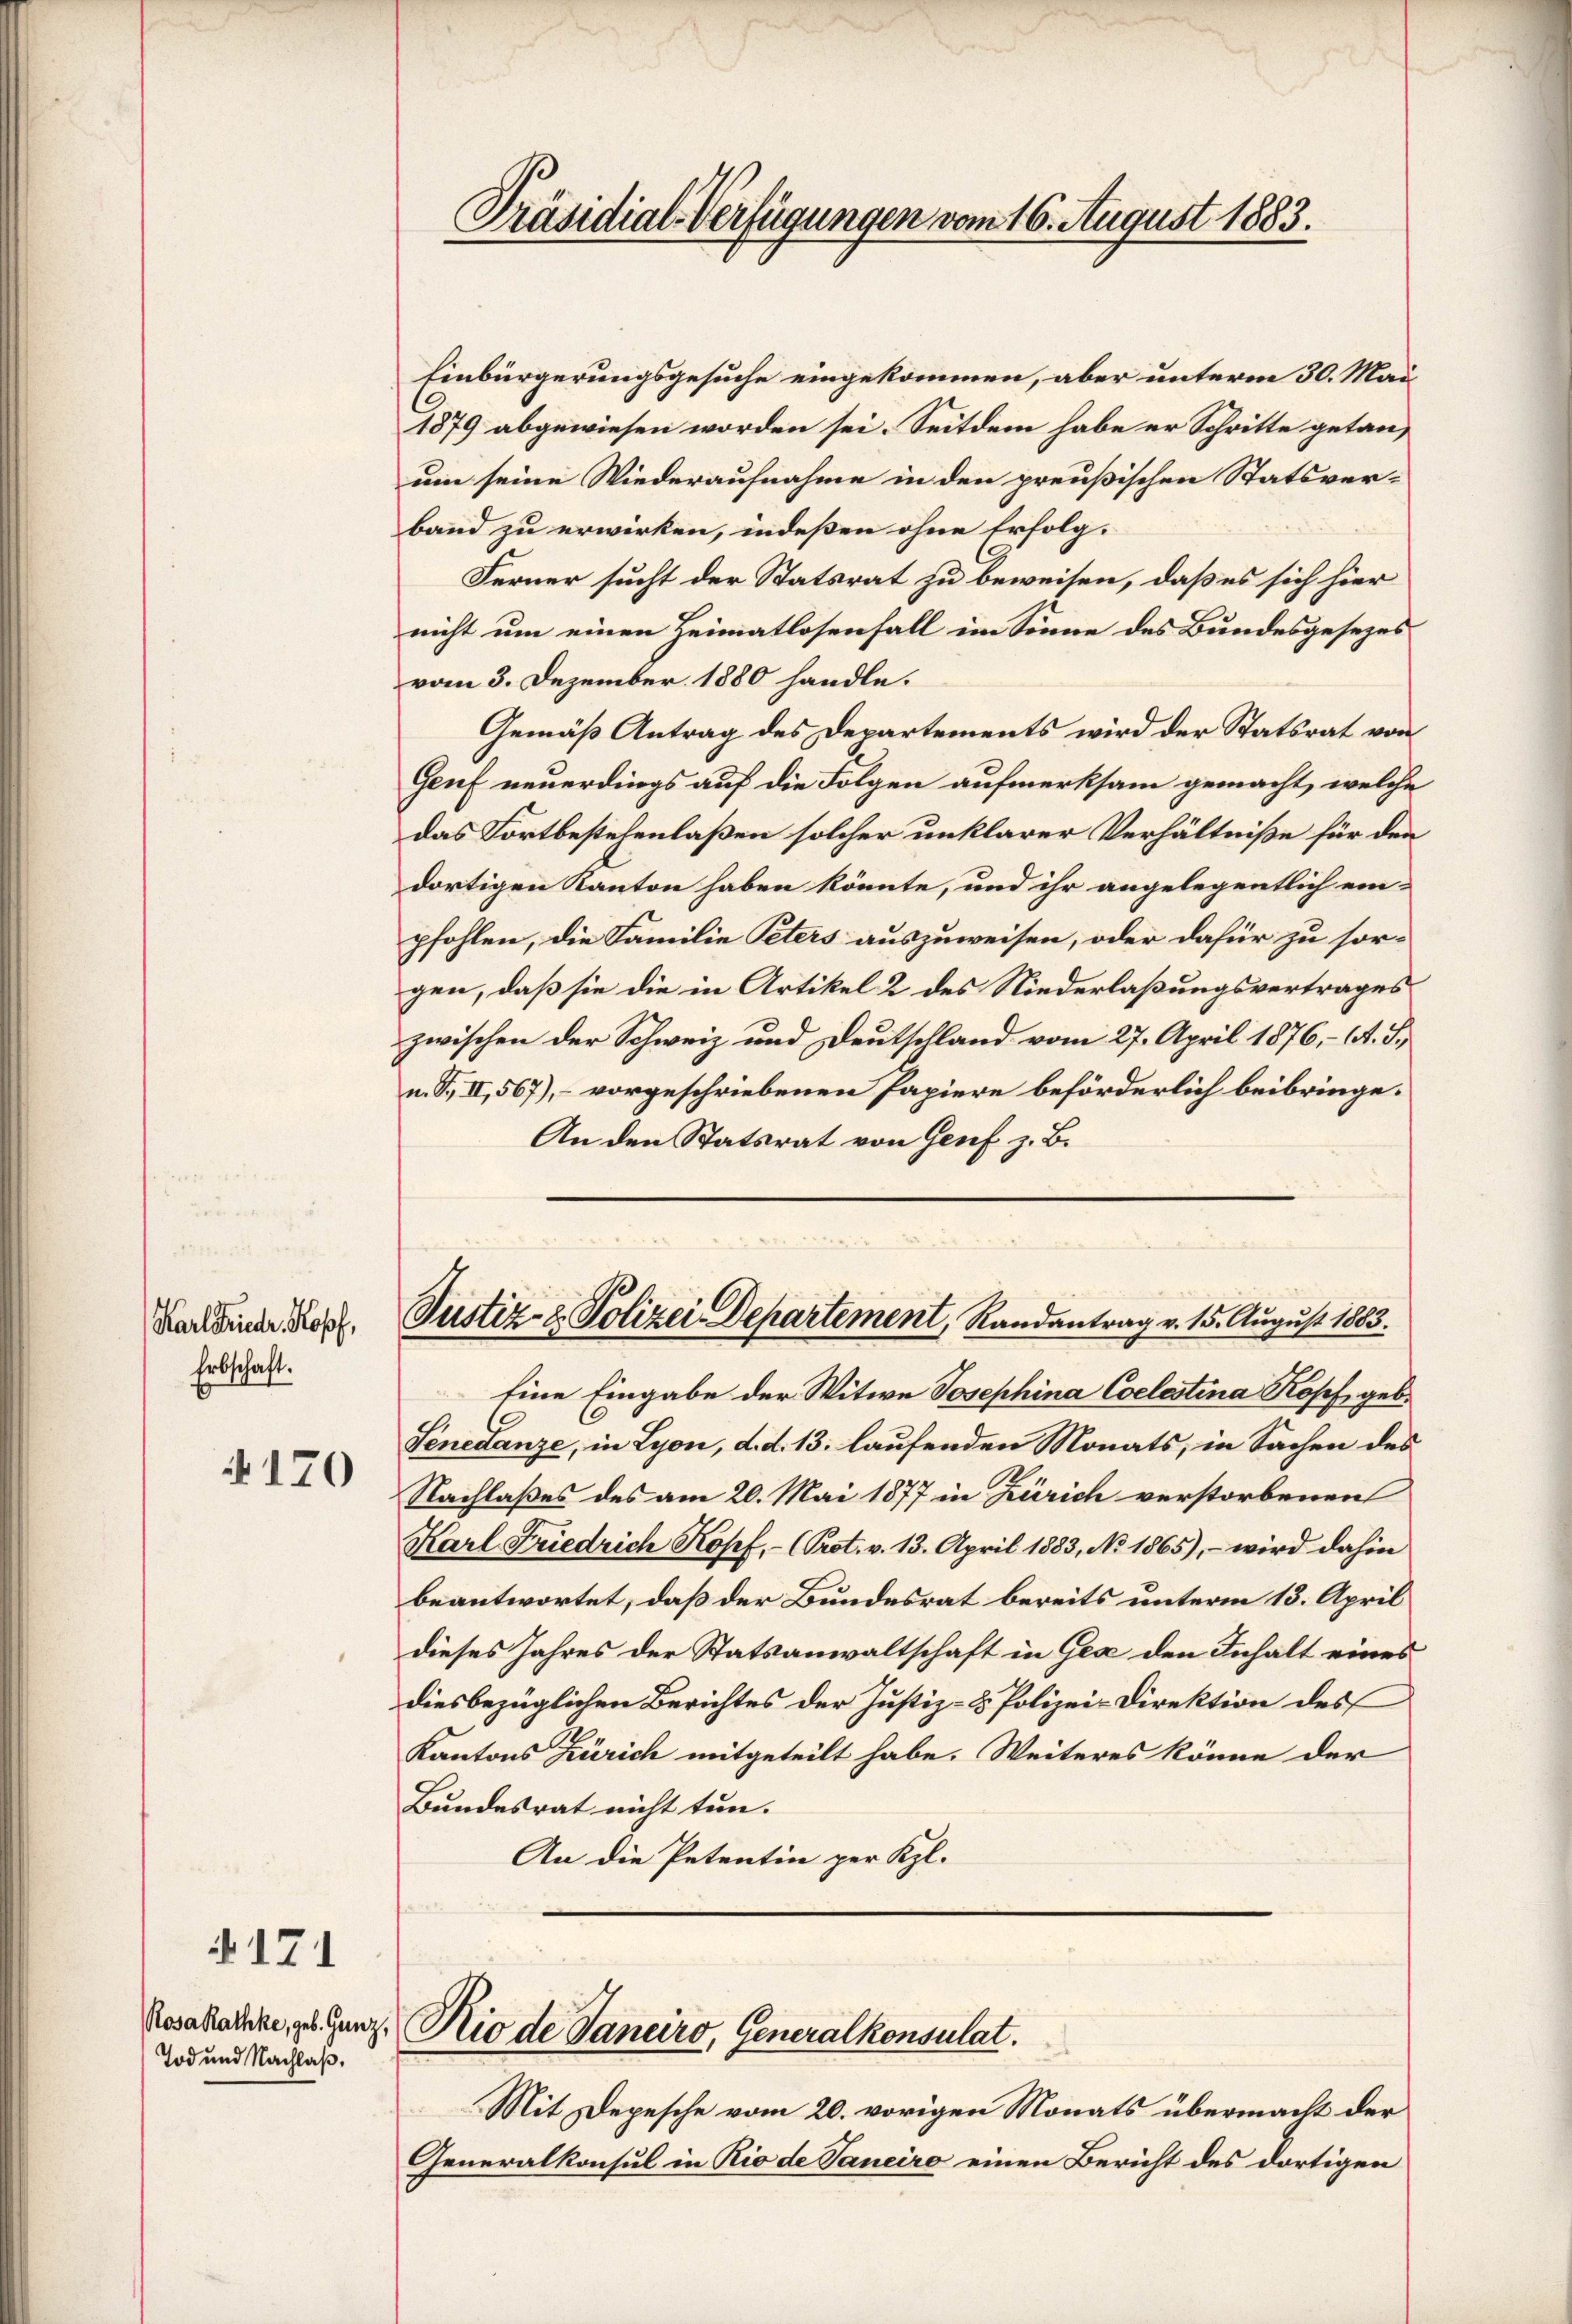
Karl Friedr. Kopf,
Erbschaft.

170

171

Tod und Nachlaß.

Präsidial-Verfügungen vom 16. August 1883.

Einbürgerungsgesuche eingekommen, aber unterm 30. Mai
1879 abgewiesen worden sei. Seitdem habe er Schritte getanum seine Wiederaufnahme in den preußischen Statsverband zu erwirken, indeßen ohne Erfolg-
Ferner sucht der Statsrat zu beweisen, daß es sich hier
nicht um einen Heimatlosenfall im Sinne des Bundesgesezes
vom 3. Dezember 1880 handle.
Gemäß Antrag des Departements wird der Statsrat von
Genf neuerdings auf die Folgen aufmerksam gemacht, welche
das Fortbestehenlaßen solcher unklarer Verhältniße für den
dortigen Kanton haben könnte, und ihr angelegentlich ein-
pfohlen, die Familie Peters auszuweisen, oder dafür zu sorgen, daß sie die in Artikel 2 des Niederlaßungsvertrages
zwischen der Schweiz und Deutschland vom 27. April 1876, - 6. d.
n. F. II, 567), – vorgeschriebenen Papiere beförderlich beibringe.
An den Statsrat von Genf z. B.
Justiz- & Polizei Departement, Randantrag v. 15. August 1883.
Eine Eingabe der Witwe Josephina Coelestina Kopf geb.
Senedanze, in Lyon, d. d. 13. laufenden Monats, in Sachen des
Nachlaßes des am 20. Mai 1877 in Zürich verstorbenen
Karl Friedrich Kopf, - (Prot. v. 13. April 1883, No 1865), – wird dahin
beantwortet, daß der Bundesrat bereits unterm 13. April
dieses Jahres der Statsanwaltschaft in Gez den Inhalt eines
diesbezüglichen Berichtes der Justiz- & Polizei-Direktion des
Kantons Zürich mitgeteilt habe. Weiteres könne der
Bundesrat nicht tun.
An die Petentin per Kl.

Rosakade, ges. Ganz, Rio de Vanciro, Generalkonsulat.

Mit Depesche vom 20. vorigen Monats übermacht der
Generalkonsul in Rio de Janeiro einen Bericht des dortigen